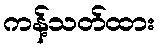
ကန့်သတ်ထား